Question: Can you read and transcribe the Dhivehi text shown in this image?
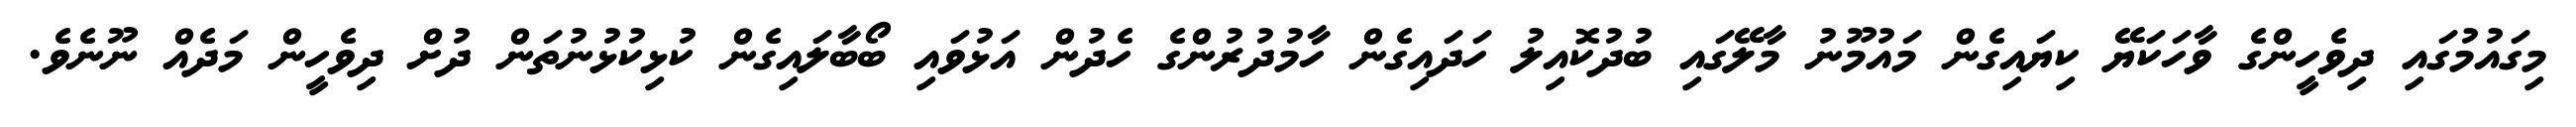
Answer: މިގައުމުގައި ދިވެހީންގެ ވާހަކަޔޭ ކިޔައިގެން މައުމޫނު މާލޭގައި ބުދުކޮއިލު ހަދައިގެން ހާމުދުރުންގެ ހެދުން އަޅުވައި ބޯބާލައިގެން ކުޅިކުޅުނުތަން ދުށް ދިވެހީން މަދެއް ނޫނެވެ.